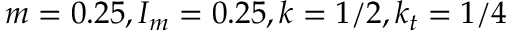
m = 0 . 2 5 , I _ { m } = 0 . 2 5 , k = 1 / 2 , k _ { t } = 1 / 4